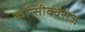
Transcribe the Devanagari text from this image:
कॉन्सीक्वेंसेज